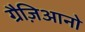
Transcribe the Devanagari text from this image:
ग्रैज़िआनो